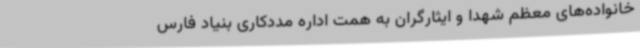
خانواده‌های معظم شهدا و ایثارگران به همت اداره مددکاری بنیاد فارس